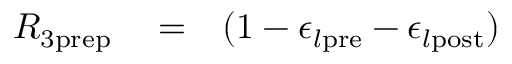
\begin{array} { r l r } { R _ { 3 \mathrm { p r e p } } } & { { } = } & { ( 1 - \epsilon _ { l \mathrm { p r e } } - \epsilon _ { l \mathrm { p o s t } } ) } \end{array}